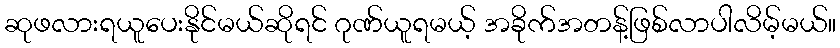
ဆုဖလားရယူပေးနိုင်မယ်ဆိုရင် ဂုဏ်ယူရမယ့် အခိုက်အတန့်ဖြစ်လာပါလိမ့်မယ်။